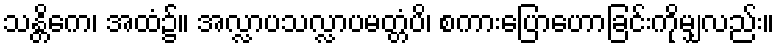
သန္တိကေ၊ အထံ၌။ အလ္လာပသလ္လာပမတ္တံပိ၊ စကားပြောဟောခြင်းကိုမျှလည်း။